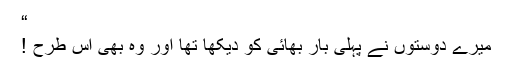
“
میرے دوستوں نے پہلی بار بھائی کو دیکھا تھا اور وہ بھی اس طرح !